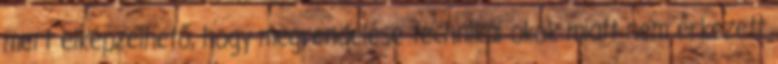
mert elképzelhető, hogy megrendelése technikai okok miatt nem érkezett